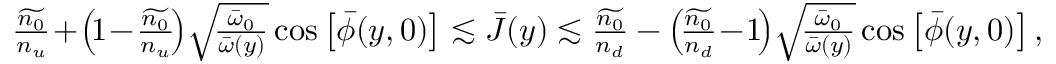
\begin{array} { r } { \frac { \widetilde { n _ { 0 } } } { n _ { u } } \! + \! \left( \! 1 \! - \! \frac { \widetilde { n _ { 0 } } } { n _ { u } } \! \right) \! \sqrt { \! \frac { { \bar { \omega } } _ { 0 } } { { \bar { \omega } } ( y ) } } \cos \left[ \bar { \phi } ( y , 0 ) \right] \lesssim \bar { J } ( y ) \lesssim \frac { \widetilde { n _ { 0 } } } { n _ { d } } - \left( \! \frac { \widetilde { n _ { 0 } } } { n _ { d } } \! - \! 1 \! \right) \! \sqrt { \! \frac { { \bar { \omega } } _ { 0 } } { { \bar { \omega } } ( y ) } } \cos \left[ \bar { \phi } ( y , 0 ) \right] , } \end{array}